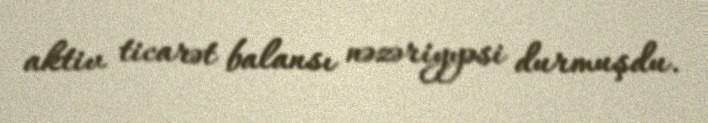
aktiv ticarət balansı nəzəriyyəsi durmuşdu.